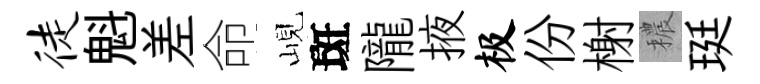
徒魁差命峴斑隴掖极份榭穠珽